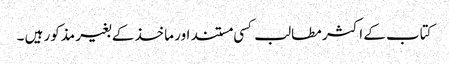
کتاب کے اکثر مطالب کسی مستند اور ماخذ کے بغیر مذکور ہیں ۔